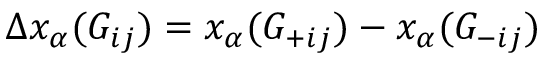
\Delta x _ { \alpha } ( G _ { i j } ) = x _ { \alpha } ( G _ { + i j } ) - x _ { \alpha } ( G _ { - i j } )